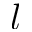
l